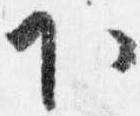
下